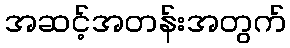
အဆင့်အတန်းအတွက်